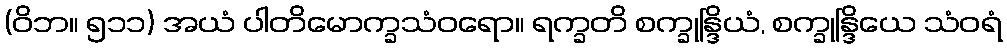
(ဝိဘ။ ၅၁၁) အယံ ပါတိမောက္ခသံဝရော။ ရက္ခတိ စက္ခုန္ဒြိယံ, စက္ခုန္ဒြိယေ သံဝရံ